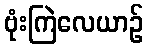
ဗုံးကြဲလေယာဉ်